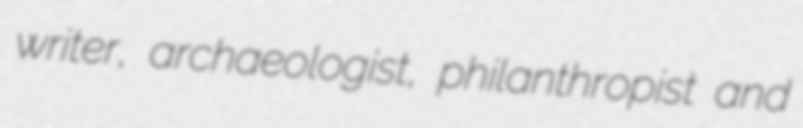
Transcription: writer, archaeologist, philanthropist and